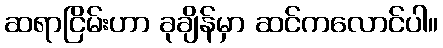
ဆရာငြိမ်းဟာ ခုချိန်မှာ ဆင်ကလောင်ပါ။